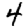
Digit: 4